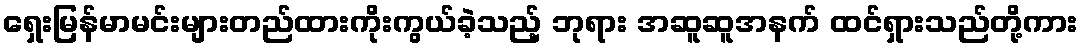
ရှေးမြန်မာမင်းများတည်ထားကိုးကွယ်ခဲ့သည့် ဘုရား အဆူဆူအနက် ထင်ရှားသည်တို့ကား